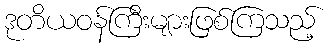
ဒုတိယဝန်ကြီးများဖြစ်ကြသည့်